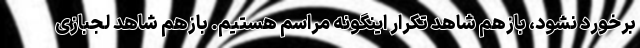
برخورد نشود، بازهم شاهد تکرار اینگونه مراسم‌ هستیم. بازهم شاهد لجبازی